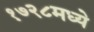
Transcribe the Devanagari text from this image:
१७२८मध्ये